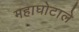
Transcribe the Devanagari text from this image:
महाघोटाले